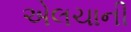
એલચાની